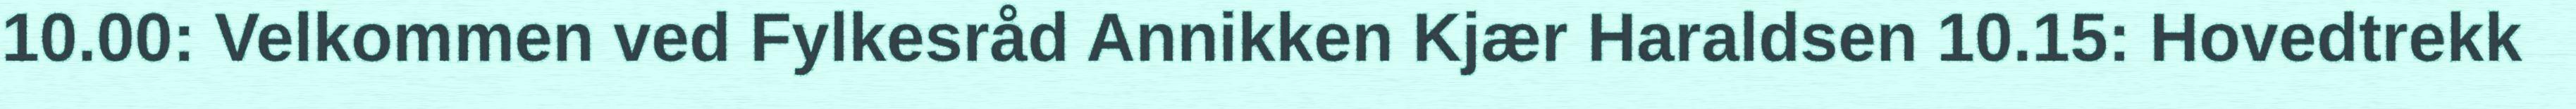
10.00: Velkommen ved Fylkesråd Annikken Kjær Haraldsen 10.15: Hovedtrekk